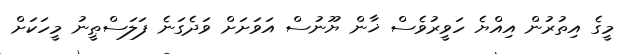
މީގެ އިތުރުން އިއްޔެ ހަވީރުވެސް ޚާން ޔޫނުސް އަވަށަށް ވަދެގަނެ ފަލަސްޠީނު މީހަކަށް